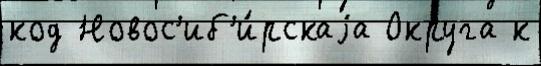
код Новос'иб'и́рскаjа Округа к